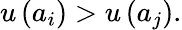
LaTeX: u\left(a_{i}\right)>u\left(a_{j}\right).